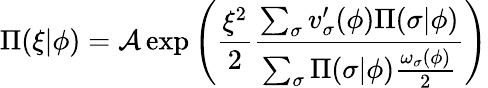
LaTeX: \Pi(\xi\vert\phi)=\mathcal{A}\exp\left(\frac{\xi^{2}}{2}\frac{\sum_{\sigma}v_{\sigma}^{\prime}(\phi)\Pi(\sigma\vert\phi)}{\sum_{\sigma}\Pi(\sigma\vert\phi)\frac{\omega_{\sigma}(\phi)}{2}}\right)